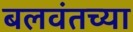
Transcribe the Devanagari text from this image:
बलवंतच्या